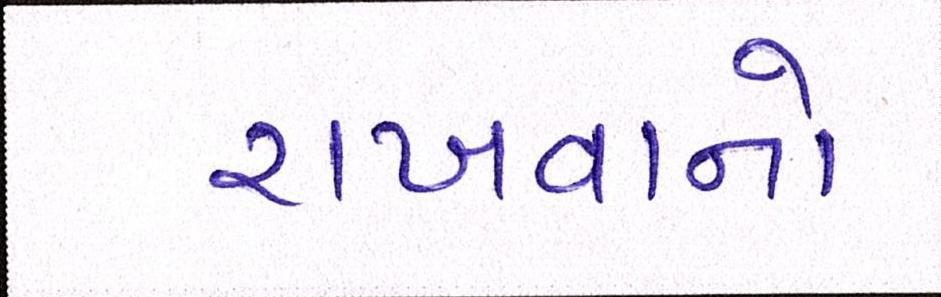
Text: રાખવાનો